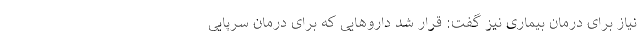
نیاز برای درمان بیماری نیز گفت: قرار شد داروهایی که برای درمان سرپایی